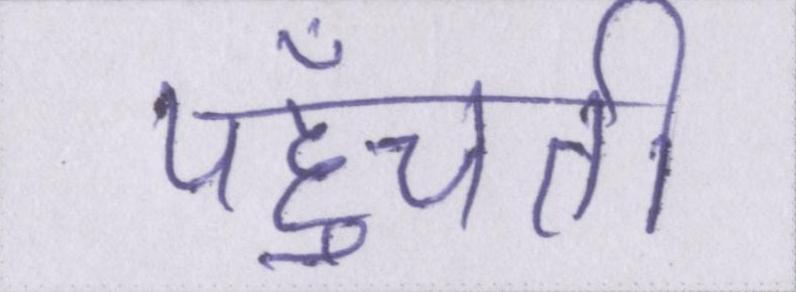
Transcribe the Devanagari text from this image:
पहुँचती